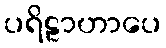
ပရိဠာဟာပေ